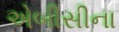
એબીસીના